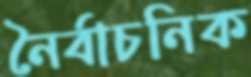
নৈর্বাচনিক